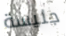
جليسة